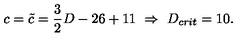
c = \tilde { c } = \frac { 3 } { 2 } D - 2 6 + 1 1 \ \Rightarrow \ D _ { c r i t } = 1 0 .